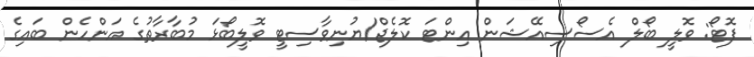
ފޮޓޯ: ވޮލީ ބޯލް އެސޯސިއޭޝަން އިންޓަ ކޮލެޖް/ޔުނިވާސިޓީ ވޮލީބޯޅަ މުބާރާތުގެ އަންހެން ބައިގެ